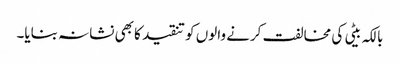
بالکہ بیٹی کی مخالفت کرنے والوں کو تنقید کا بھی نشانہ بنایا۔